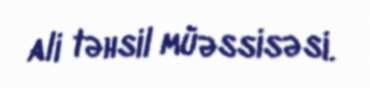
ali təhsil müəssisəsi.